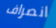
انصراف